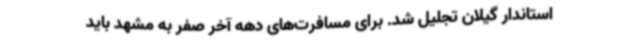
استاندار گیلان تجلیل شد. برای مسافرت‌های دهه آخر صفر به مشهد باید